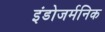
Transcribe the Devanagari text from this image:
इंडोजर्मनिक